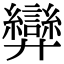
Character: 𢍶